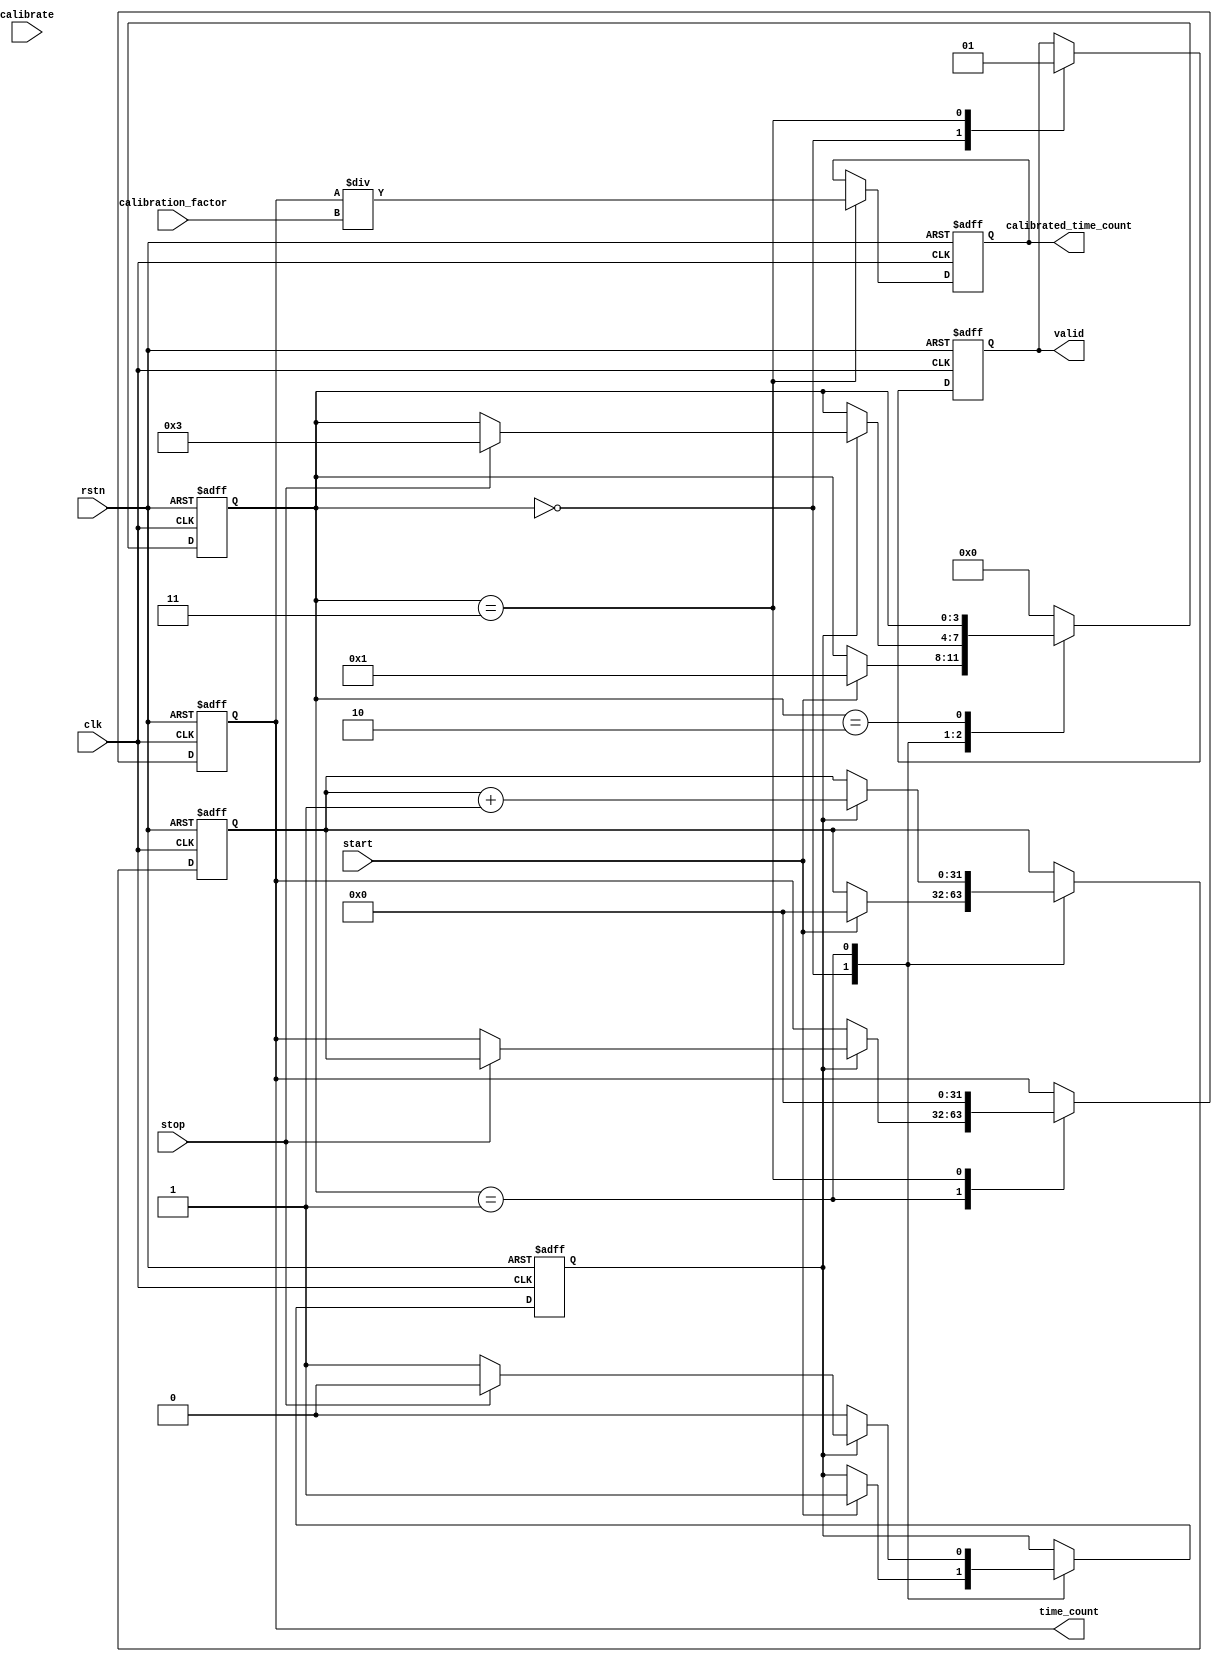
module TDC (
    input wire clk,                  // Clock input
    input wire rstn,                // Active low reset
    input wire start,               // Start signal (rising edge)
    input wire stop,                // Stop signal (rising edge)
    output reg [31:0] time_count,   // Captured time interval
    output reg valid,               // Valid output signal
    input wire [31:0] calibration_factor, // Calibration factor
    input wire calibrate,           // Calibration trigger
    output reg [31:0] calibrated_time_count // Calibrated time count
);

    reg [31:0] counter;             // Counter for timing measurement
    reg measuring;                  // State to indicate if measurement is ongoing
    reg [3:0] state;                // Finite State Machine state
    reg [31:0] calibration_memory [0:15]; // Memory block for calibration coefficients
    integer i;

    localparam STATE_IDLE = 0,
               STATE_MEASURE = 1,
               STATE_CALIBRATE = 2,
               STATE_OUTPUT = 3;

    // Finite State Machine handling measurement, calibration, and output
    always @(posedge clk or negedge rstn) begin
        if (!rstn) begin
            state <= STATE_IDLE;
            measuring <= 0;
            time_count <= 0;
            valid <= 0;
            counter <= 0;
            calibrated_time_count <= 0;
            // Initialize calibration memory
            for (i = 0; i < 16; i = i + 1) begin
                calibration_memory[i] <= 32'h1; // Default calibration factor
            end
        end else begin
            case (state)
                STATE_IDLE: begin
                    valid <= 0;
                    if (start) begin
                        measuring <= 1;
                        state <= STATE_MEASURE;
                        counter <= 0; // Reset counter
                    end
                end

                STATE_MEASURE: begin
                    if (measuring) begin
                        counter <= counter + 1;
                        if (stop) begin
                            time_count <= counter; // Capture time count
                            measuring <= 0;
                            state <= STATE_OUTPUT;
                        end
                    end
                end

                STATE_OUTPUT: begin
                    // Calibration adjustment
                    calibrated_time_count <= time_count / calibration_factor;
                    valid <= 1; // Set valid signal for output
                    time_count <= 0; // Reset after output
                    state <= STATE_IDLE; // Go back to idle
                end
                
                STATE_CALIBRATE: begin
                    // Example pseudo code for actual calibration process
                    if (calibrate) begin
                        // Calibration logic would go here (updating calibration_memory)
                    end
                end

                default: state <= STATE_IDLE; // Safety state
            endcase
        end
    end

    // Additional calibrate logic could be added here
    // For instance, to read/write calibration coefficients from/to memory

endmodule